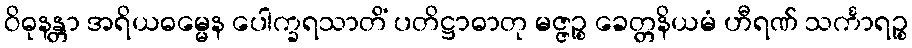
ဝိဓုနန္တာ အရိယဓမ္မေန ပေါက္ခရသာတိံ ပတိဋ္ဌာဓာတု မဇ္ဇဉ္စ ခေတ္တနိယမံ ဟီရဏ် သင်္ကာရဉ္စ